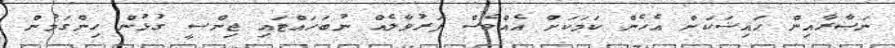
ނަޞާރާއިން ޙައިޟަކަށް އެހެން ކަމަކަށް އެއްވެސް ފަރުވާލެއް ނުބަހައްޓައި ޖިންސީ ގުޅުން ހިންގަމުން